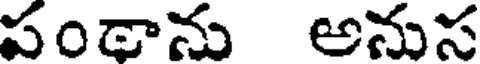
పంథాను అనుస